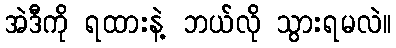
အဲဒီကို ရထားနဲ့ ဘယ်လို သွားရမလဲ။